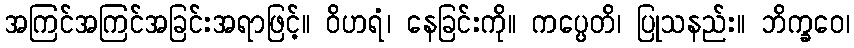
အကြင်အကြင်အခြင်းအရာဖြင့်။ ဝိဟရံ၊ နေခြင်းကို။ ကပ္ပေတိ၊ ပြုသနည်း။ ဘိက္ခဝေ၊